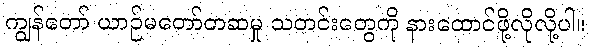
ကျွန်တော် ယာဉ်မတော်တဆမှု သတင်းတွေကို နားထောင်ဖို့လိုလို့ပါ။